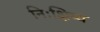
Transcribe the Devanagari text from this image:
निःक्षिप्य